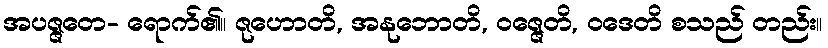
အပဇ္ဇတေ- ရောက်၏။ ဇုဟောတိ, အနုဘောတိ, ဝဇ္ဇေတိ, ဝဒေတိ စသည် တည်း။